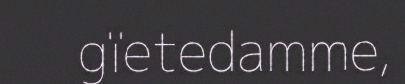
gïetedamme,